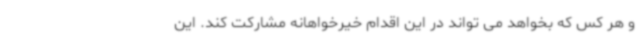
و هر کس که بخواهد می تواند در این اقدام خیرخواهانه مشارکت کند. این